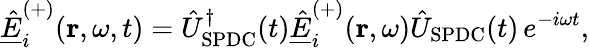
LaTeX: \underline{{\hat{E}}}_{i}^{(+)}(\mathbf{r},\omega,t)=\hat{U}_{\mathrm{SPDC}}^{\dagger}(t)\underline{{\hat{E}}}_{i}^{(+)}(\mathbf{r},\omega)\hat{U}_{\mathrm{SPDC}}(t)\, e^{-i\omega t},